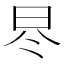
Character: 𣅭